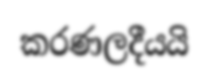
කරණලදීයයි